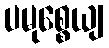
ပမုစ္စေယျ